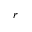
{ r }